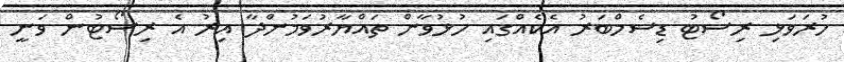
ހުރަވަޅި ރިސޯޓު ޑިސެމްބަރު އެކެއްގައި ހުޅުވާން ތައްޔާރުވަމުންދާ އިރު އެ ރިސޯޓުން ވަނީ